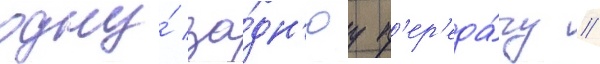
одну́ за́дн'юу п'ер'еда́чу //